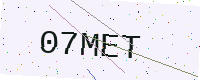
Text: 07MET